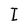
Character: I